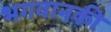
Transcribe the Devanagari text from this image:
भगवानकी